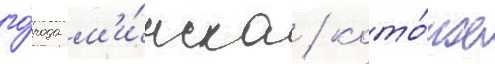
го́рода м'и́нска / кото́рое